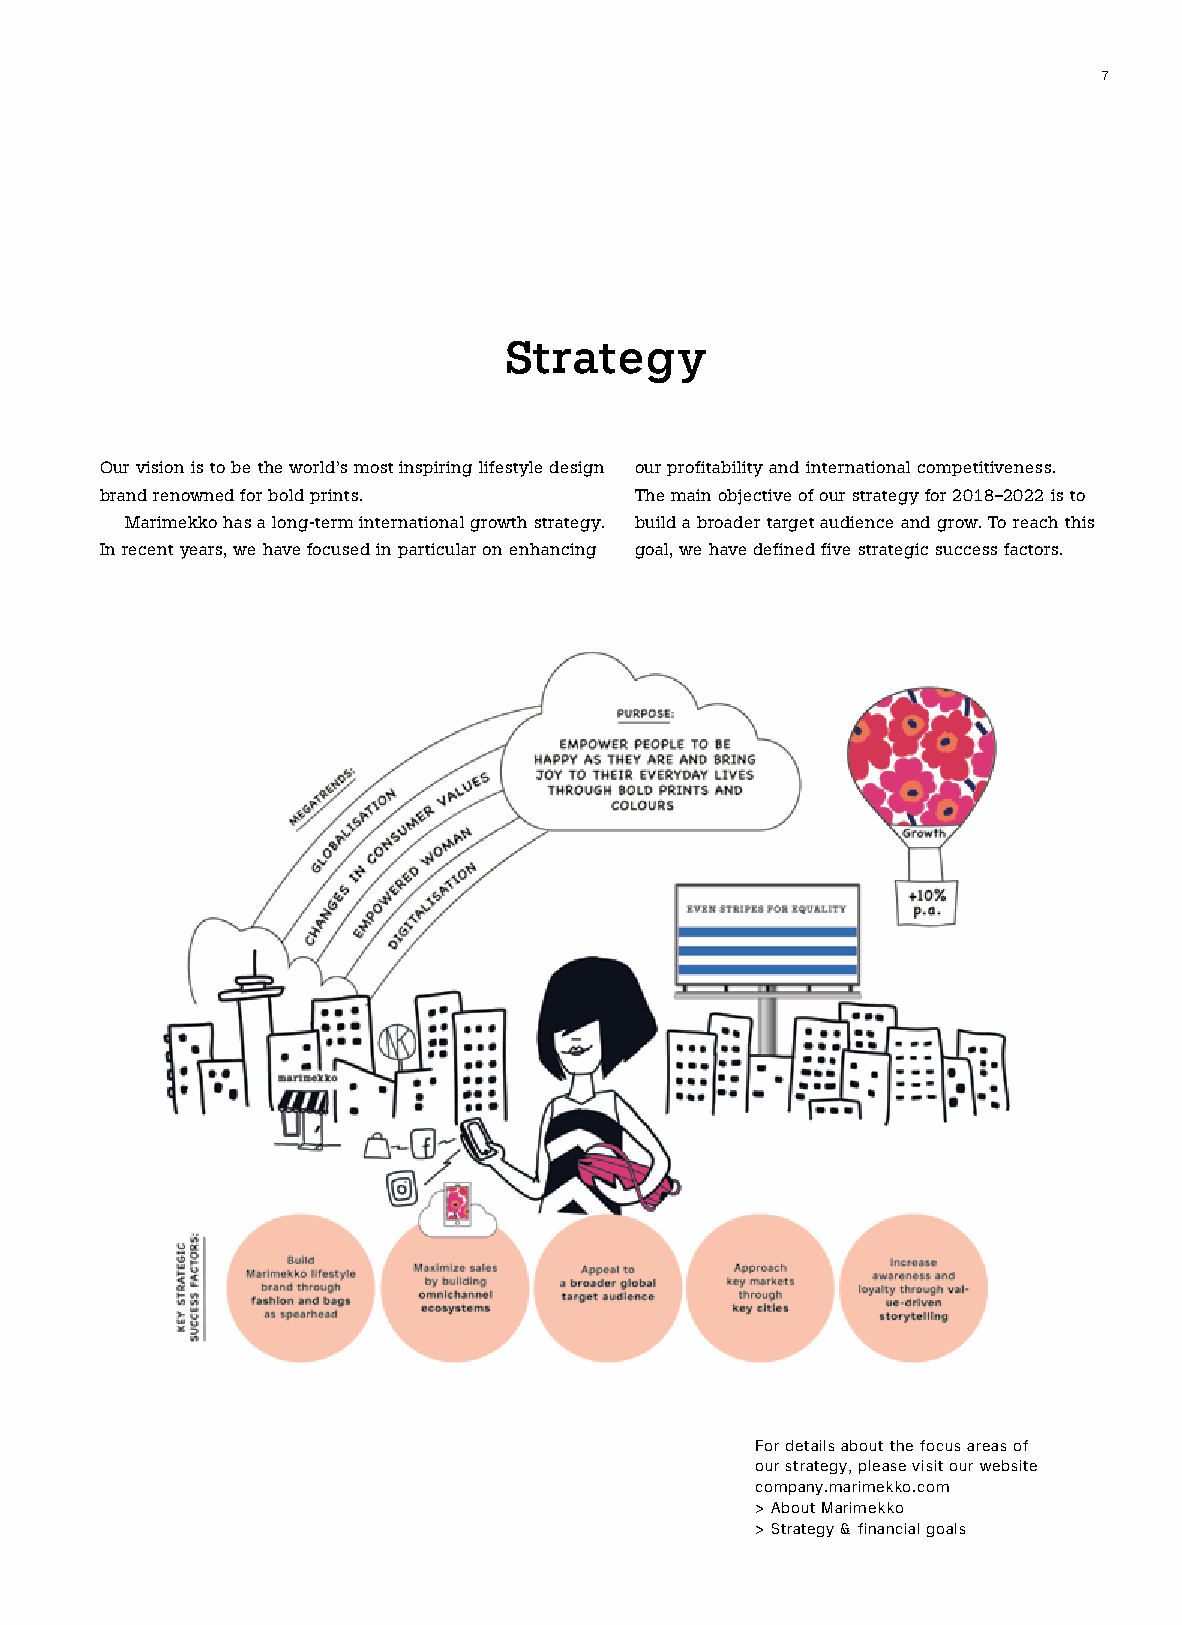
7
 Strategy
 Our vision is to be the world’s most inspiring lifestyle design our profitability and international competitiveness.
 brand renowned for bold prints.    The main objective of our strategy for 2018–2022 is to
 Marimekko has a long-term international growth strategy. build a broader target audience and grow. To reach this
 In recent years, we have focused in particular on enhancing goal, we have defined five strategic success factors.
 For details about the focus areas of
 our strategy, please visit our website
 company.marimekko.com
 > About Marimekko
 > Strategy & financial goals